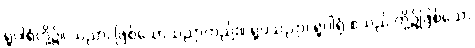
ရူပါရုံတို့၌။ သညာ၊ ဖြစ်သောသညာတည်း။ ရူပသညာ၊ ရူပါရုံ စသည် တို့၌ဖြစ်သော